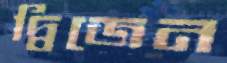
দ্বিজেন